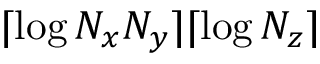
\lceil \log N _ { x } N _ { y } \rceil \lceil \log N _ { z } \rceil